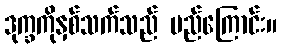
ဒုက္ခကိုနှစ်သက်သည် မည်ကြောင်း။